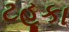
ટહૂકા